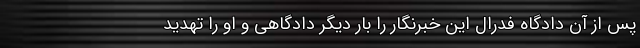
پس از آن دادگاه فدرال این خبرنگار را بار دیگر دادگاهی و او را تهدید